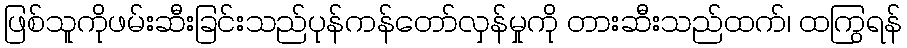
ဖြစ်သူကိုဖမ်းဆီးခြင်းသည်ပုန်ကန်တော်လှန်မှုကို တားဆီးသည်ထက်၊ ထကြွရန်